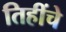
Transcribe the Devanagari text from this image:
तिहींचे